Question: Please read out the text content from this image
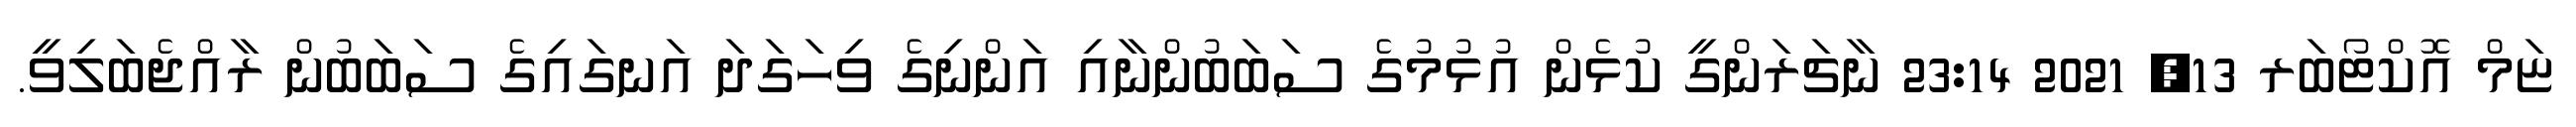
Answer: ޏަމް އޮކްޓޯބަރ 13, 2021 23:14 ނާޗަރަންގީ ކުޅެން އުޅުމުގެ ސަބަބުންނާއި އަންނިގެ ވިހަގަދަ އަނގައިގެ ސަބަބުން ރާއްޖެބަލިވީ.